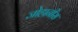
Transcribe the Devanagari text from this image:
जोहानीस